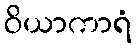
ဝိယာကာရံ